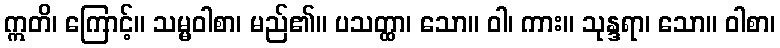
ဣတိ၊ ကြောင့်။ သမ္မဝါစာ၊ မည်၏။ ပသတ္ထာ၊ သော။ ဝါ၊ ကား။ သုန္ဒရာ၊ သော။ ဝါစာ၊